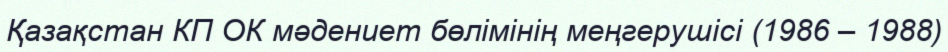
Қазақстан КП ОК мәдениет бөлімінің меңгерушісі (1986 – 1988)